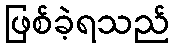
ဖြစ်ခဲ့ရသည်